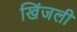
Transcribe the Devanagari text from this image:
खिंजली